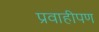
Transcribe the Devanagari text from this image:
प्रवाहीपण